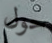
حول